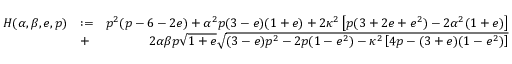
\begin{array} { r l r } { H ( \alpha , \beta , e , p ) } & { : = } & { p ^ { 2 } ( p - 6 - 2 e ) + \alpha ^ { 2 } p ( 3 - e ) ( 1 + e ) + 2 \kappa ^ { 2 } \left[ p ( 3 + 2 e + e ^ { 2 } ) - 2 \alpha ^ { 2 } ( 1 + e ) \right] } \\ & { + } & { 2 \alpha \beta p \sqrt { 1 + e } \sqrt { ( 3 - e ) p ^ { 2 } - 2 p ( 1 - e ^ { 2 } ) - \kappa ^ { 2 } \left[ 4 p - ( 3 + e ) ( 1 - e ^ { 2 } ) \right] } } \end{array}